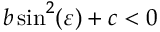
b \sin ^ { 2 } ( \varepsilon ) + c < 0